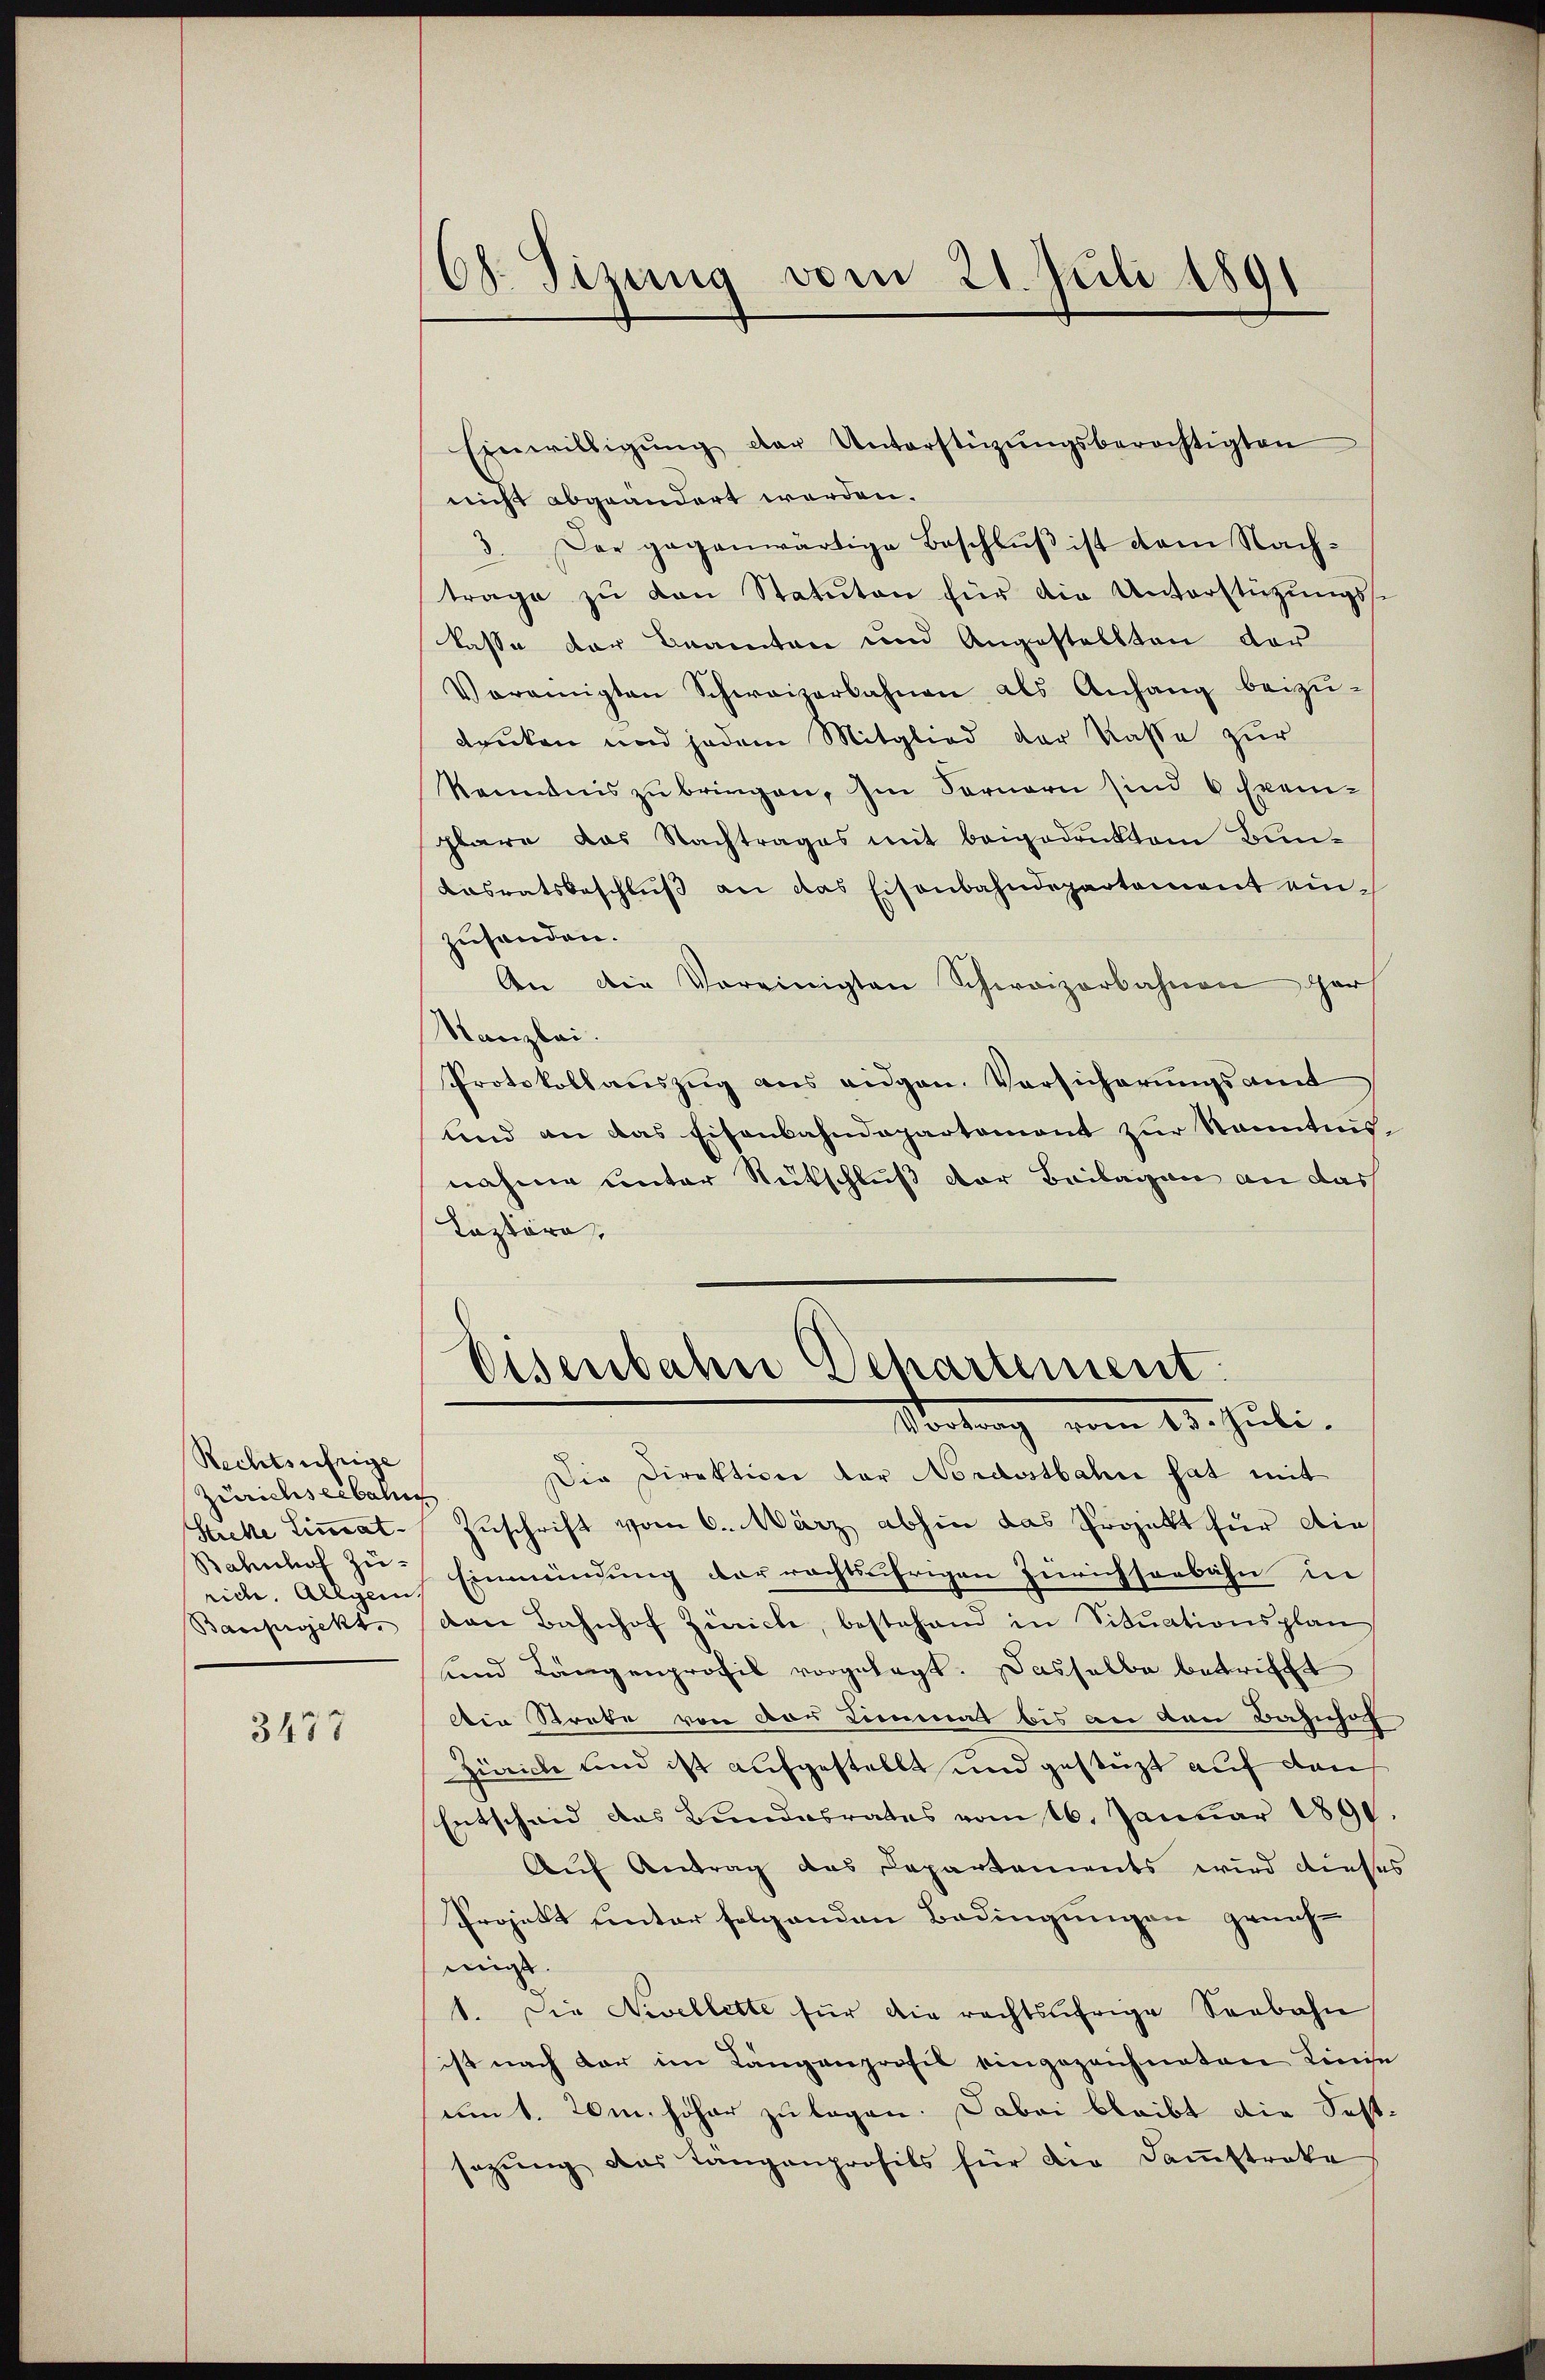
Rechtsufrige
Zürichseebahns
Streke Limat
Bahnhof zu-
rich. Allgem
Bauprojekt.

3477

Ch. Sizung vom 21. Juli 1891

Einwilligŭng der Unterstüzungsberechtigten
nicht abgeändert werden.
3. Der gegenwärtige Beschluß ist dem Nachtrage zu von Statuten für die Unterstützungsskasse der Beamten und Angestellten der
Vereinigten Schweizerbahnen als Anhang beizŭ-
drucken und jedem Mitglied der Kasse zur
kenntnis zu bringen. Im Fernern sind 6 Exemplare das Nachtrages mit beigedruktem Bun¬
Aasratsbeschlŭβ an das Eisenbahndepartement einzusenden.
An die Vereinigten Schweizerbahnen her
Kanzlei.
Protokollauszug aus eidgen. Vorsicherungsamt
und an das Eisenbahndepartement zur Kenntnisnahme unter Rutschluß der Beilagen an das
Laztäre,
d
Disenbahn Departement
Satung vom 25. Juli.
Die Direktion der Nordostbahn hat mit
Zuschrift vom 6. März abhin das Projekt für die¬
Einmündung der rechtsufrigen Zürichsonbahn in
den Bahnhof Zürich, bestehend in Situationsplan
und Längenprofil vorgelegt. Dasselbe betrifft
Die Streke von der Limmat bis an den Bahnhof
zureiche und ist aufgestellt und gestüzt auf den
Entscheid das Bundesrates vom 16. Januar 1891.
Auf Antrag das Departements wird dieses
Projekt unter folgenden Bedingungen grenz-
migt.
1. Die Nivellette für die rechtsufrige Seebahn
ist nach dar im Längenprofil eingezeichneten Linie
um 1. 20m höher zu legen. Dabei bleibt die Kostsagŭng das Längenprofils für die Daṁstrake